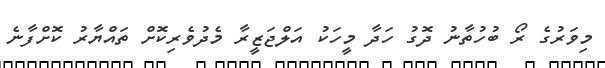
މިވަރުގެ ރޯ ބުހުތާނު ދޮގު ހަދާ މީހަކު އަލްޖަޒީރާ މެދުވެރިކޮށް ތައްޔާރު ކޮށްފާނެ